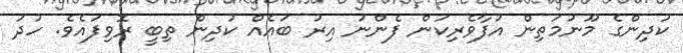
ކުދިންގެ މޫނުމަތިން އުފާވެރިކަން ފެންނަ އިރު ބައެއް ކުދިން ތިބީ ރޮވިފައެވެ. ހުދު